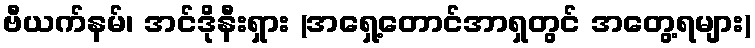
ဗီယက်နမ်၊ အင်ဒိုနီးရှား (အရှေ့တောင်အာရှတွင် အတွေ့ရများ)